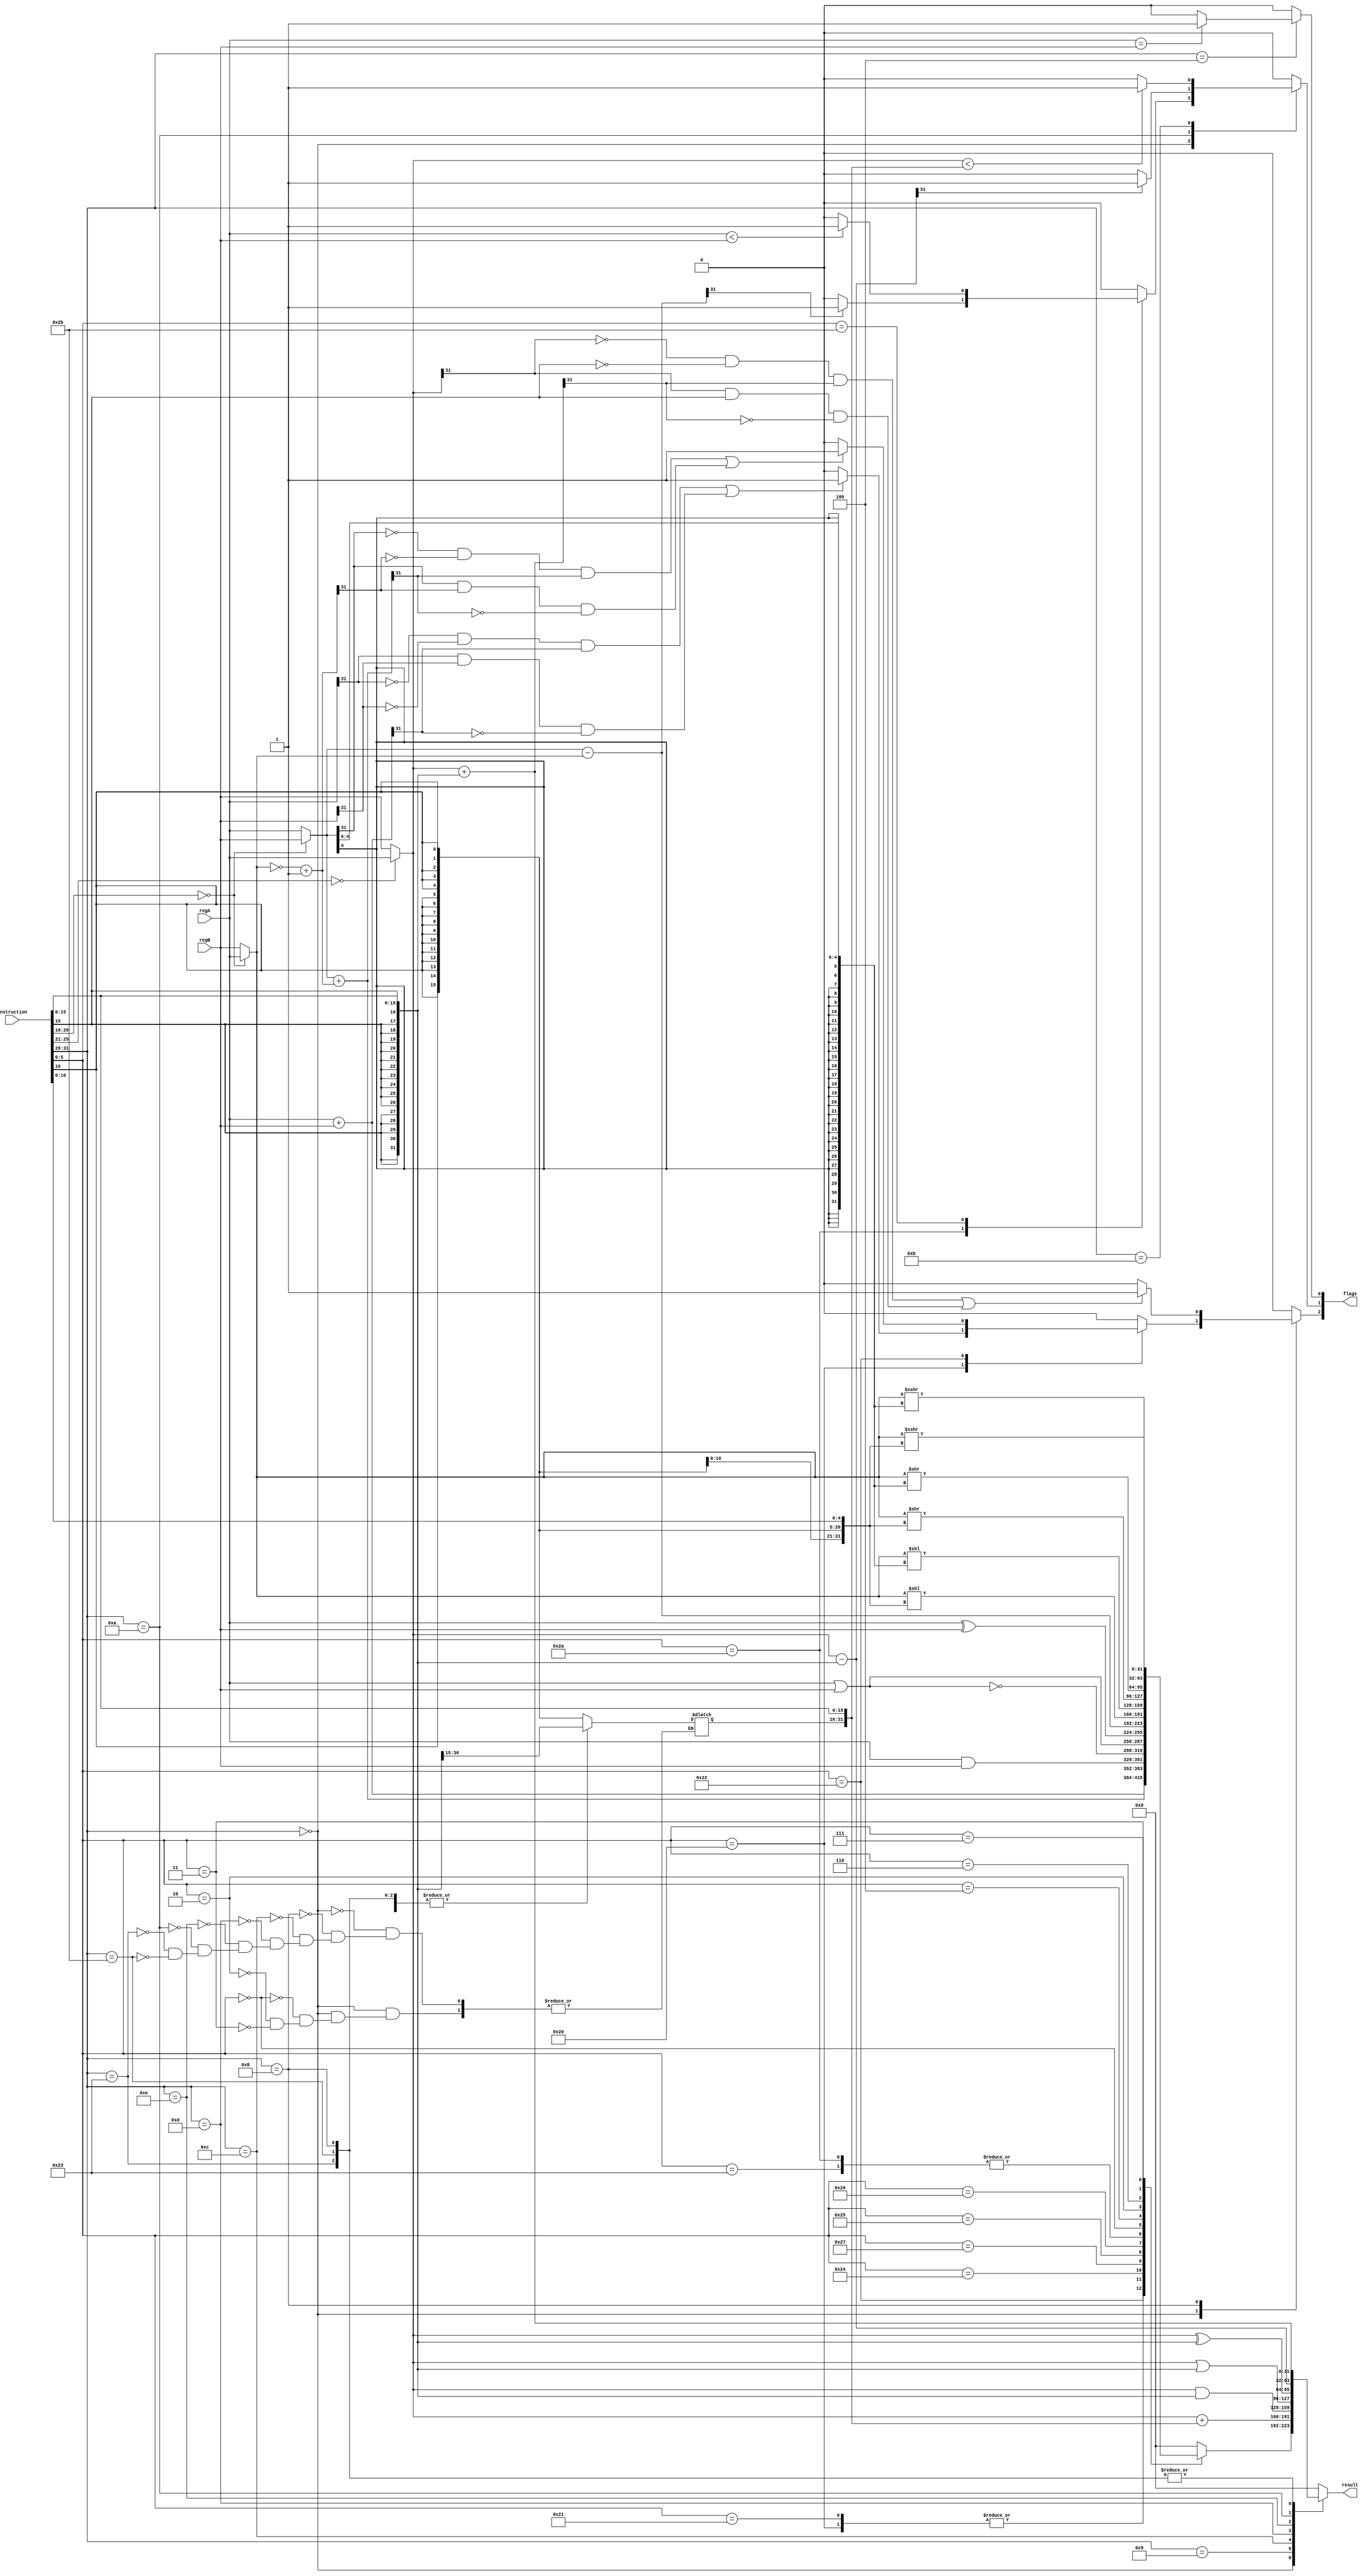
module alu (instruction, regA, regB, result, flags);

    // the address of regA is 00000, the address of regB is 00001
    input[31:0] instruction,regA,regB;// rs, rt
    output[31:0] result;
    reg[31:0] reg_result;
    // the first bit is zero flag, the second bit is negative flag,
    // the third bit is overflow flag.
    output[2:0] flags;
    reg[2:0] reg_flags;

    integer i; // used for iteration
    integer carry; // used in add
    reg[31:0] immediate; 
    reg[31:0] rs;
    reg[31:0] rt;
    reg[31:0] temp1;
    
    always @(instruction, regA, regB) begin
    reg_flags = 0;
    reg_result = 0;
    
        case (instruction[31:26])
            6'b0: begin // R type
                case (instruction[5:0])
                    6'b100000: // add
                        begin
                            reg_result = regA + regB;
                            if (regA[31]==0&&regB[31]==0&&reg_result[31]==1 || regA[31]==1&&regB[31]==1&&reg_result[31]==0) begin
                                reg_flags[2] = 1;
                            end
                        end
                    6'b100001: // addu
                        begin
                            reg_result = regA + regB;
                        end
                    6'b100010: // sub
                        begin
                            if (instruction[20:16] == 5'b00000) begin
                                rt = regA;
                                rs = regB;
                            end else begin
                                rt = regB;
                                rs = regA;
                            end    
                            temp1 = ~rt;
                            temp1 = temp1 + 1;
                            reg_result = rs + temp1;
                            if (rs[31]==0&&temp1[31]==0&&reg_result[31]==1 || rs[31]==1&&temp1[31]==1&&reg_result[31]==0) begin
                                reg_flags[2] = 1;
                            end
                        end
                    6'b100011: // subu
                        begin
                            if (instruction[20:16] == 5'b00000) begin
                                rt = regA;
                                rs = regB;
                            end else begin
                                rt = regB;
                                rs = regA;
                            end
                            reg_result = rs - rt;
                        end
                    6'b100100: // and
                        begin
                            reg_result = regA & regB;
                        end
                    6'b100111: // nor
                        begin
                            reg_result = ~(regA | regB);
                        end
                    6'b100101: // or
                        begin
                            reg_result = regA | regB;
                        end
                    6'b100110: // xor
                        begin
                            reg_result = regA ^ regB;
                        end
                    6'b101010: // slt
                        begin
                            if (instruction[20:16] == 5'b00000) begin
                                rt = regA;
                                rs = regB;
                            end else begin
                                rt = regB;
                                rs = regA;
                            end
                            reg_result = rs - rt;
                            if (reg_result[31] == 1) begin
                                reg_flags[1] = 1;
                            end
                        end
                    6'b101011: // sltu
                        begin
                            if (instruction[20:16] == 5'b00000) begin
                                rt = regA;
                                rs = regB;
                            end else begin
                                rt = regB;
                                rs = regA;
                            end   
                            if (regA < regB) begin
                                reg_flags[1] = 1;
                            end
                        end
                    6'b000000: // sll
                        begin
                            if (instruction[20:16] == 5'b00000) begin
                                rt = regA;
                            end else begin
                                rt = regB;
                            end
                            immediate = $signed(instruction[10:6]);
                            reg_result = rt << immediate;
                        end
                    6'b000100: // sllv
                        begin
                            if (instruction[20:16] == 5'b00000) begin
                                rt = regA;
                                rs = regB;
                            end else begin
                                rt = regB;
                                rs = regA;
                            end
                            i = $signed(rs[4:0]);
                            reg_result = rt << i;
                        end
                    6'b000010: // srl
                        begin
                            if (instruction[20:16] == 5'b00000) begin
                                rt = regA;
                            end else begin
                                rt = regB;
                            end
                            immediate = $signed(instruction[10:6]);
                            reg_result = rt >> immediate;
                        end
                    6'b000110: // srlv
                        begin
                            if (instruction[20:16] == 5'b00000) begin
                                rt = regA;
                                rs = regB;
                            end else begin
                                rt = regB;
                                rs = regA;
                            end
                            i = $signed(rs[4:0]);
                            reg_result = rt >> i;
                        end
                    6'b000011: // sra
                        begin
                            if (instruction[20:16] == 5'b00000) begin
                                rt = regA;
                            end else begin
                                rt = regB;
                            end
                            immediate = $signed(instruction[10:6]);
                            reg_result = rt >>> immediate;
                        end
                    6'b000111: // srav
                        begin
                            if (instruction[20:16] == 5'b00000) begin
                                rt = regA;
                                rs = regB;
                            end else begin
                                rt = regB;
                                rs = regA;
                            end
                            i = $signed(rs[4:0]);
                            reg_result = rt >>> i;
                        end
                endcase
            end
            6'b001000: // addi
                begin
                    immediate = $signed(instruction[15:0]);
                    if (instruction[25:21] == 5'b00000) begin
                        rs = regA;
                    end else begin
                        rs = regB;
                    end
                    reg_result = rs + immediate;
                    if (rs[31]==0&&immediate[31]==0&&reg_result[31]==1||rs[31]==1&&immediate[31]==1&&reg_result[31]==0) begin
                        reg_flags[2] = 1;
                    end
                end
            6'b001001: // addiu
                begin
                    if (instruction[25:21] == 5'b00000) begin
                        rs = regA;
                    end else begin
                        rs = regB;
                    end
                    immediate[15:0] = instruction[15:0];
                    reg_result = rs + immediate;
                    
                end
            6'b001100: // andi
                begin
                    if (instruction[25:21] == 5'b00000) begin
                        rs = regA;
                    end else begin
                        rs = regB;
                    end
                    immediate = $signed(instruction[15:0]);
                    reg_result = rs & immediate;
                end
            6'b001101: // ori
                begin
                    if (instruction[25:21] == 5'b00000) begin
                        rs = regA;
                    end else begin
                        rs = regB;
                    end
                    immediate = $signed(instruction[15:0]);
                    reg_result = rs | immediate;
                end
            6'b001110: // xori
                begin
                    if (instruction[25:21] == 5'b00000) begin
                        rs = regA;
                    end else begin
                        rs = regB;
                    end
                    immediate = $signed(instruction[15:0]);
                    reg_result = rs ^ immediate;
                end
            6'b000100: // beq
                begin
                    if (regA == regB) begin
                        reg_flags[0] = 1;
                    end
                end
            6'b000101: // bne
                begin
                    if (regA != regB) begin
                        reg_flags[0] = 0;
                    end
                end
            6'b001010: // slti
                begin
                    if (instruction[25:21] == 5'b00000) begin
                        rs = regA;
                    end else begin
                        rs = regB;
                    end
                    immediate = $signed(instruction[15:0]);
                    reg_result = rs - immediate;
                    if (reg_result[31] == 1) begin
                        reg_flags[1] = 1;
                    end
                end
            6'b001011: // sltiu
                begin
                    if (instruction[25:21] == 5'b00000) begin
                        rs = regA;
                    end else begin
                        rs = regB;
                    end
                    immediate[15:0] = instruction[15:0];
                    if (rs < immediate) begin
                        reg_flags[1] = 1;
                    end
                end
            6'b100011: // lw
                begin
                    if (instruction[25:21] == 5'b00000) begin
                        rs = regA;
                    end else begin
                        rs = regB;
                    end
                    immediate = $signed(instruction[15:0]);
                    reg_result = rs + immediate;
                end
            6'b101011: // sw
                begin
                    if (instruction[25:21] == 5'b00000) begin
                        rs = regA;
                    end else begin
                        rs = regB;
                    end
                    immediate = $signed(instruction[15:0]);
                    reg_result = rs + immediate;
                end
        endcase
    end
    
    assign result = reg_result;
    assign flags = reg_flags;
endmodule